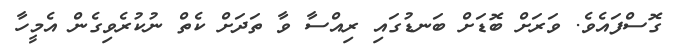
ގޮސްފައެވެ. ވަރަށް ބޮޑަށް ބަނޑުގައި ރިއްސާ ވާ ތަދަށް ކެތް ނުކުރެވިގެން އެމީހާ